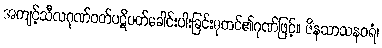
အကျင့်သီလဂုဏ်ဝတ်ပဋိပတ်ခေါင်းပါးခြင်းဓုတင်၏ဂုဏ်ဖြင့်။ ဇိနသာသနဝရံ၊